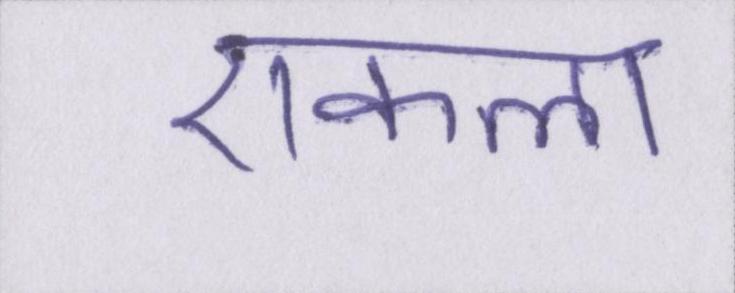
एकला